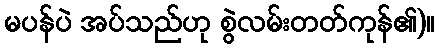
မပန်ပဲ အပ်သည်ဟု စွဲလမ်းတတ်ကုန်၏)။